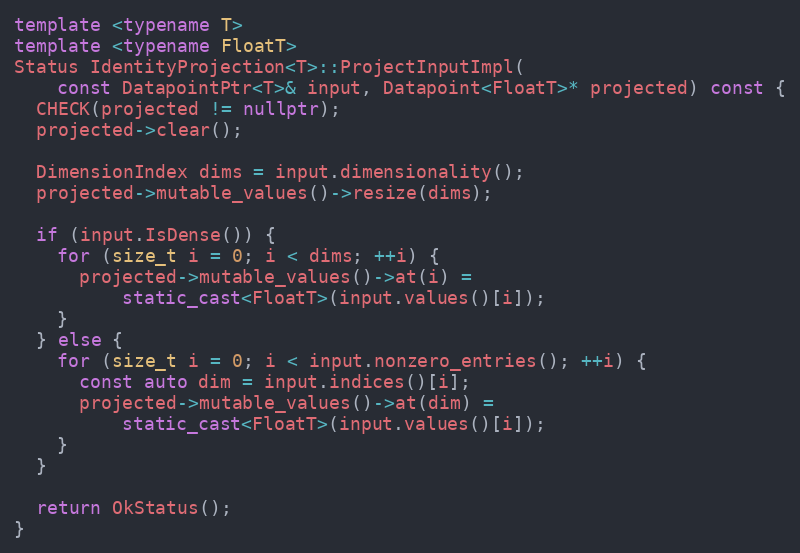
Language: C++
template <typename T>
template <typename FloatT>
Status IdentityProjection<T>::ProjectInputImpl(
    const DatapointPtr<T>& input, Datapoint<FloatT>* projected) const {
  CHECK(projected != nullptr);
  projected->clear();

  DimensionIndex dims = input.dimensionality();
  projected->mutable_values()->resize(dims);

  if (input.IsDense()) {
    for (size_t i = 0; i < dims; ++i) {
      projected->mutable_values()->at(i) =
          static_cast<FloatT>(input.values()[i]);
    }
  } else {
    for (size_t i = 0; i < input.nonzero_entries(); ++i) {
      const auto dim = input.indices()[i];
      projected->mutable_values()->at(dim) =
          static_cast<FloatT>(input.values()[i]);
    }
  }

  return OkStatus();
}